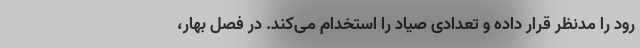
رود را مدنظر قرار داده و تعدادی صیاد را استخدام می‌کند. در فصل بهار،